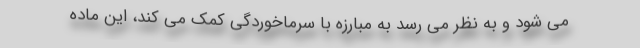
می شود و به نظر می رسد به مبارزه با سرماخوردگی کمک می کند، این ماده